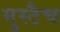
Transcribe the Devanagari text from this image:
मुस्टैच